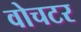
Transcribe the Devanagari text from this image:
वोचटर